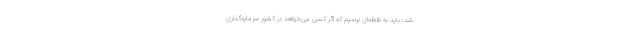
شد: باید به نقطه‌ای برسیم که اگر کسی می‌خواهد در کشور سرمایه‌گذاری